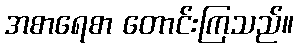
အစာရေစာ တောင်းကြသည်။